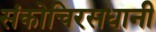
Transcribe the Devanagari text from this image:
संकोचिरसधानी